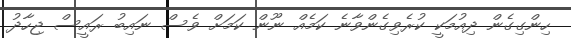
ހިންގިގެން ދިއުމަކީ ކުރެވިގެންވާނެ ކަމެއް ނޫން ކަމަށް ވެސް ނައިބު ރައީސް ޖިހާދު